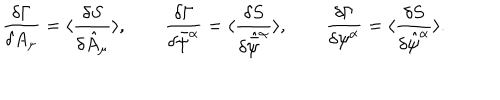
LaTeX: \frac { \delta \Gamma } { { \delta } A _ { \mu } } = \langle \frac { { \delta } S } { \delta \hat { A } _ { \mu } } \rangle , \qquad \frac { \delta \Gamma } { \delta { \bar { \psi } } ^ { \alpha } } = \langle \frac { { \delta } S } { \delta \hat { \bar { \psi } } ^ { \alpha } } \rangle , \qquad \frac { \delta \Gamma } { \delta { \psi } ^ { \alpha } } = \langle \frac { { \delta } S } { \delta \hat { \psi } ^ { \alpha } } \rangle .